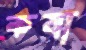
কষা